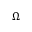
\Omega